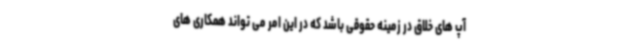
آپ های خلاق در زمینه حقوقی باشد که در این امر می تواند همکاری های